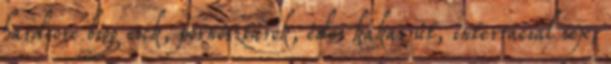
hardcore bigg cock, pornósztárok, édes kakas út, interracial sex,